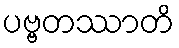
ပဗ္ဗတဿာတိ